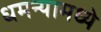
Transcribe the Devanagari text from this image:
धमन्यामध्ये